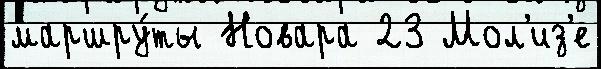
маршру́ты Новара 23 Мол'из'е